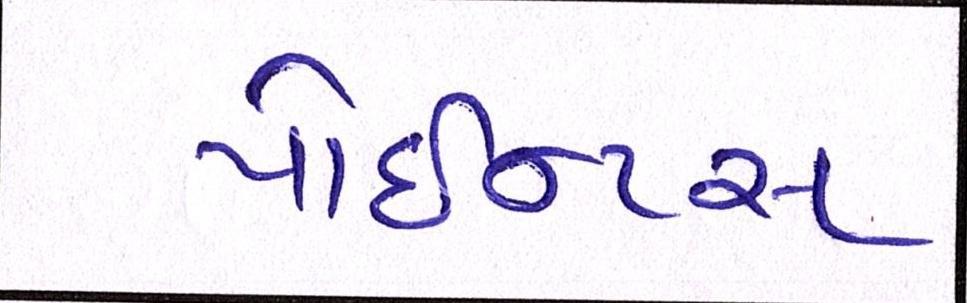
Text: પોઇન્ટસ